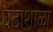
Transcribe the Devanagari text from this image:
घंटाशाळा